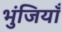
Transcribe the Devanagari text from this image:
भुंजियाँ